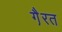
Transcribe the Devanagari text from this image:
गै़रत